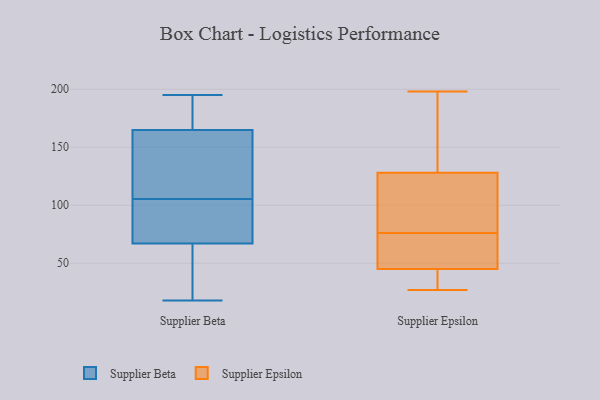
{"axis": {"x": "Backlog", "y": "Value"}, "legend": ["Supplier Beta", "Supplier Epsilon"], "data": [{"x": "", "y": 67, "type": "Supplier Beta"}, {"x": "", "y": 58, "type": "Supplier Beta"}, {"x": "", "y": 116, "type": "Supplier Beta"}, {"x": "", "y": 67, "type": "Supplier Beta"}, {"x": "", "y": 195, "type": "Supplier Beta"}, {"x": "", "y": 118, "type": "Supplier Beta"}, {"x": "", "y": 171, "type": "Supplier Beta"}, {"x": "", "y": 95, "type": "Supplier Beta"}, {"x": "", "y": 189, "type": "Supplier Beta"}, {"x": "", "y": 84, "type": "Supplier Beta"}, {"x": "", "y": 25, "type": "Supplier Beta"}, {"x": "", "y": 67, "type": "Supplier Beta"}, {"x": "", "y": 190, "type": "Supplier Beta"}, {"x": "", "y": 18, "type": "Supplier Beta"}, {"x": "", "y": 159, "type": "Supplier Beta"}, {"x": "", "y": 124, "type": "Supplier Beta"}, {"x": "", "y": 31, "type": "Supplier Epsilon"}, {"x": "", "y": 127, "type": "Supplier Epsilon"}, {"x": "", "y": 27, "type": "Supplier Epsilon"}, {"x": "", "y": 122, "type": "Supplier Epsilon"}, {"x": "", "y": 107, "type": "Supplier Epsilon"}, {"x": "", "y": 141, "type": "Supplier Epsilon"}, {"x": "", "y": 131, "type": "Supplier Epsilon"}, {"x": "", "y": 49, "type": "Supplier Epsilon"}, {"x": "", "y": 75, "type": "Supplier Epsilon"}, {"x": "", "y": 85, "type": "Supplier Epsilon"}, {"x": "", "y": 50, "type": "Supplier Epsilon"}, {"x": "", "y": 76, "type": "Supplier Epsilon"}, {"x": "", "y": 145, "type": "Supplier Epsilon"}, {"x": "", "y": 40, "type": "Supplier Epsilon"}, {"x": "", "y": 198, "type": "Supplier Epsilon"}, {"x": "", "y": 45, "type": "Supplier Epsilon"}, {"x": "", "y": 45, "type": "Supplier Epsilon"}]}